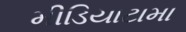
મીડિયાટામા